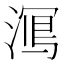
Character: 𱧿